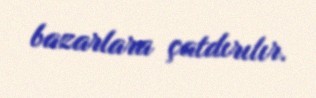
bazarlara çatdırılır.